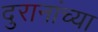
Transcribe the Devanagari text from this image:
दुरानांच्या